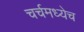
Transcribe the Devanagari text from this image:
चर्चमध्येच